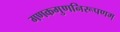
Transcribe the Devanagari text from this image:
गणकगुणनिरूपणम्